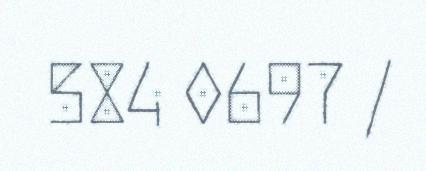
584 0697 /